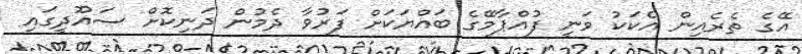
އޭގެ ތެރެއިން އެކަކު ވަނީ ފުއްޕާމޭގެ ބައްޔަކަށް ފަރުވާ ދެމުން ދަނިކޮށް ސައޫދީގައި